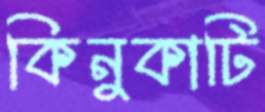
কিনুকাটি